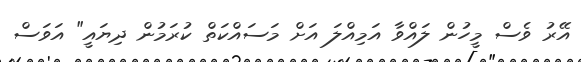
އޭރު ވެސް މީހުން ލައްވާ އަމިއްލަ އަށް މަސައްކަތް ކުރަމުން ދިޔައީ" އަވަސް